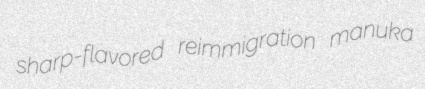
sharp-flavored reimmigration manuka